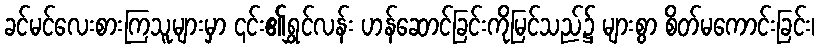
ခင်မင်လေးစားကြသူများမှာ ၎င်း၏ရွှင်လန်း ဟန်ဆောင်ခြင်းကိုမြင်သည်၌ များစွာ စိတ်မကောင်းခြင်း၊